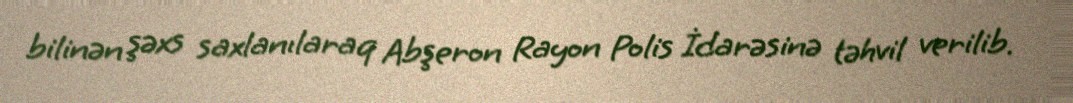
bilinən şəxs saxlanılaraq Abşeron Rayon Polis İdarəsinə təhvil verilib.